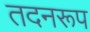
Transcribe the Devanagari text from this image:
तदनरूप